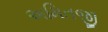
અમિતજી